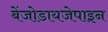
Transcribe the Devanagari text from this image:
बेंजोडायजेपाइन